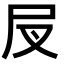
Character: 𡰫